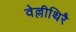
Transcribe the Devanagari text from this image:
वेल्लीथिरै